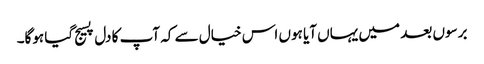
برسوں بعد میں یہاں آیا ہوں اس خیال سے کہ آپ کا دل پسیج گیا ہوگا۔